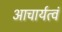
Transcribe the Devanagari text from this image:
आचार्यत्वं